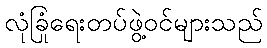
လုံခြုံရေးတပ်ဖွဲ့ဝင်များသည်